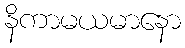
နိကာမယမာနော